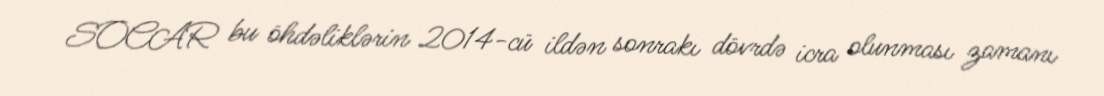
SOCAR bu öhdəliklərin 2014-cü ildən sonrakı dövrdə icra olunması zamanı